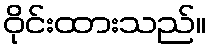
ဝိုင်းထားသည်။